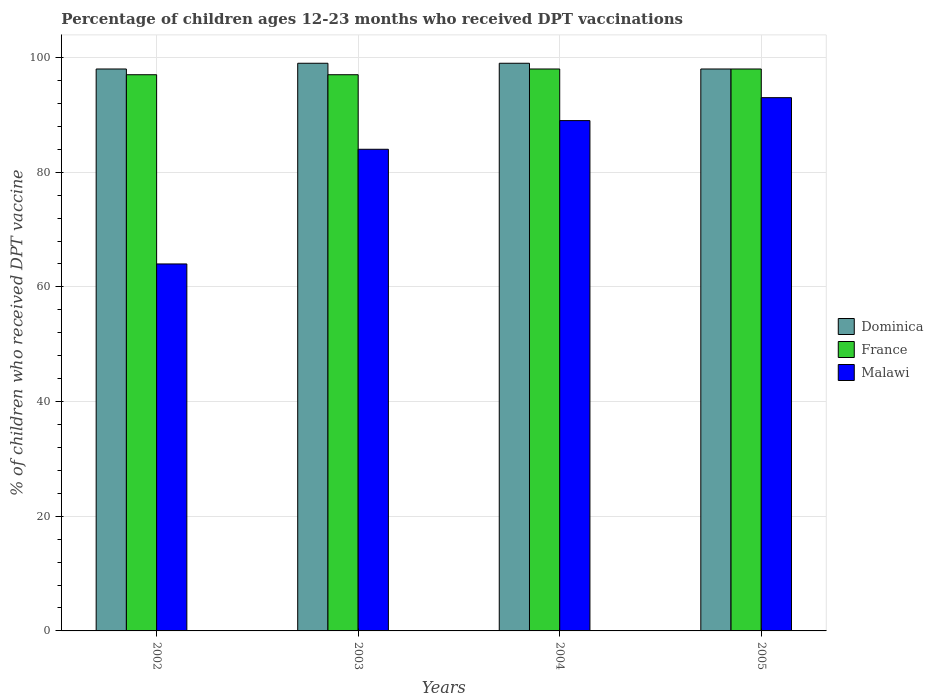
| Years | Dominica | France | Malawi |
 | --- | --- | --- | --- |
 | 2002 | 98 | 97 | 64 |
 | 2003 | 99 | 97 | 84 |
 | 2004 | 99 | 98 | 89 |
 | 2005 | 98 | 98 | 93 |